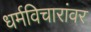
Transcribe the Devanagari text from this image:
धर्मविचारांवर